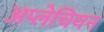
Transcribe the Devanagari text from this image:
अप्लेचियन